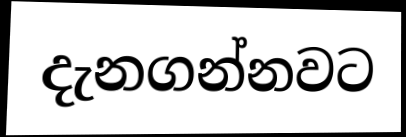
දැනගන්නවට